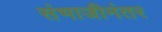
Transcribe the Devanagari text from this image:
संभाजीनंतर